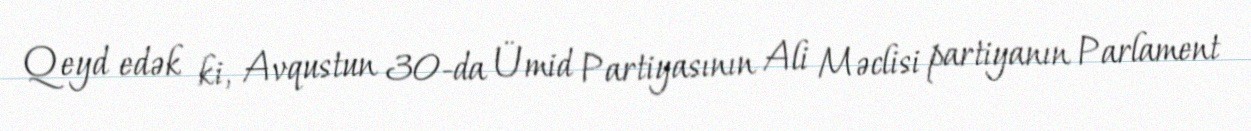
Qeyd edək ki, Avqustun 30-da Ümid Partiyasının Ali Məclisi partiyanın Parlament